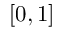
[ 0 , 1 ]